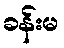
ခန်းမ